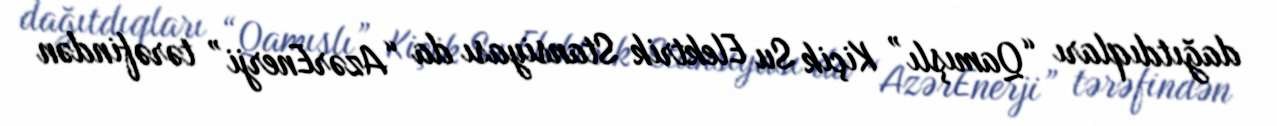
dağıtdıqları “Qamışlı” Kiçik Su Elektrik Stansiyası da “AzərEnerji” tərəfindən